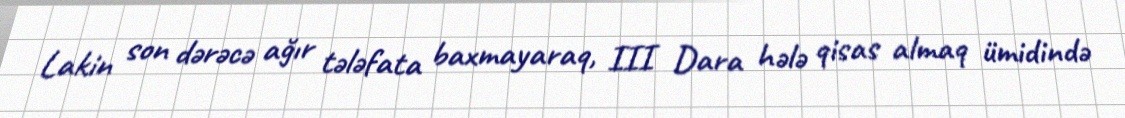
Lakin son dərəcə ağır tələfata baxmayaraq, III Dara hələ qisas almaq ümidində